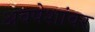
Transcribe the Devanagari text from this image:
अवषेशांवर